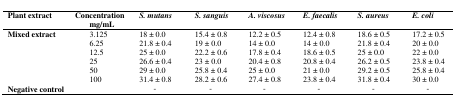
| Plant extract | Concentrationmg/mL | S. mutans | S. sanguis | A. viscosus | E. faecalis | S. aureus | E. coli |
 | --- | --- | --- | --- | --- | --- | --- | --- |
 | <ROWSPAN=6> Mixed extract | 3.125 | 18 ± 0.0 | 15.4 ± 0.8 | 12.2 ± 0.5 | 12.4 ± 0.8 | 18.6 ± 0.5 | 17.2 ± 0.5 |
 | 6.25 | 21.8 ± 0.4 | 19 ± 0.0 | 14 ± 0.0 | 14 ± 0.0 | 21.8 ± 0.4 | 20 ± 0.0 |
 | 12.5 | 25 ± 0.0 | 22.2 ± 0.6 | 17.8 ± 0.4 | 18.6 ± 0.5 | 25 ± 0.0 | 22 ± 0.0 |
 | 25 | 26.6 ± 0.4 | 23 ± 0.0 | 20.4 ± 0.8 | 20.8 ± 0.4 | 26.2 ± 0.5 | 23.8 ± 0.4 |
 | 50 | 29 ± 0.0 | 25.8 ± 0.4 | 25 ± 0.0 | 21 ± 0.0 | 29.2 ± 0.5 | 25.8 ± 0.4 |
 | 100 | 31.4 ± 0.8 | 28.2 ± 0.6 | 27.4 ± 0.8 | 23.8 ± 0.4 | 31.8 ± 0.4 | 30 ± 0.0 |
 | Negative control |  | - | - | - | - | - | - |